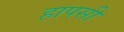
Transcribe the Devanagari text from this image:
हापसी